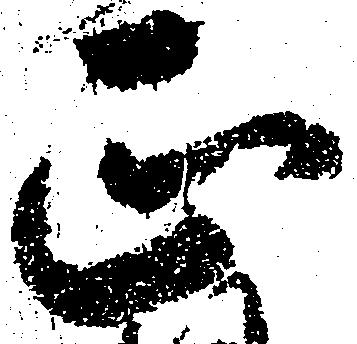
正